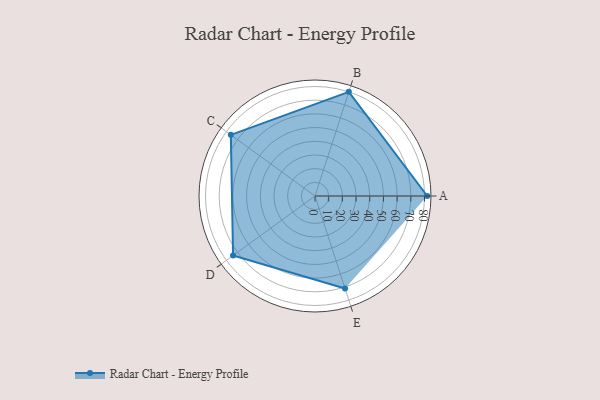
{"axis": {"x": "Skill", "y": "Score"}, "legend": ["Profile"], "data": [{"x": "A", "y": 82.0, "type": "Profile"}, {"x": "B", "y": 80.0, "type": "Profile"}, {"x": "C", "y": 76.0, "type": "Profile"}, {"x": "D", "y": 74.0, "type": "Profile"}, {"x": "E", "y": 71.0, "type": "Profile"}]}